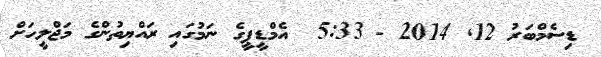
ޑިސެމްބަރު 12